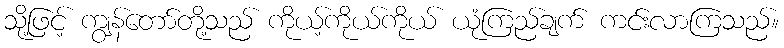
သို့ဖြင့် ကျွန်တော်တို့သည် ကိုယ့်ကိုယ်ကိုယ် ယုံကြည်ချက် ကင်းလာကြသည်။